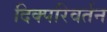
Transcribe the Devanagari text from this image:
दिक्परिवर्तन